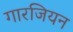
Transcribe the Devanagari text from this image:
गारजियन